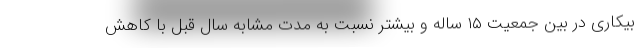
بیکاری در بین جمعیت ۱۵ ساله و بیشتر نسبت به مدت مشابه سال قبل با کاهش